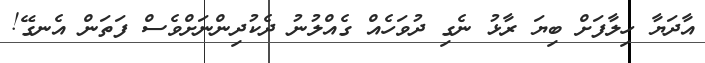
އާދަޔާ ހިލާފަށް ބިޔަ ރާޅު ނެގި ދުވަހެއް ގެއްލުނު ދެކުދިންނަށްވެސް ފަތަން އެނގޭ!